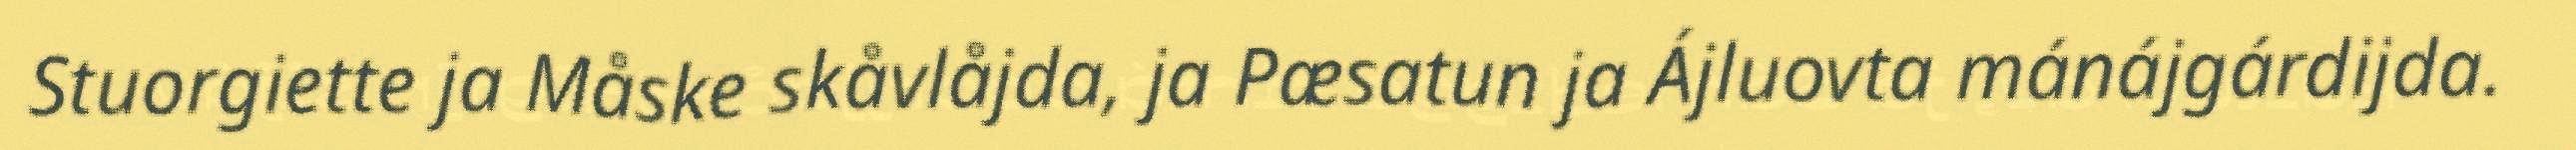
Stuorgiette ja Måske skåvlåjda, ja Pæsatun ja Ájluovta mánájgárdijda.